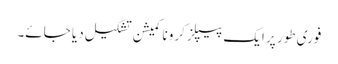
فوری طور پر ایک پیپلز کرونا کمیشن تشکیل دیا جائے۔